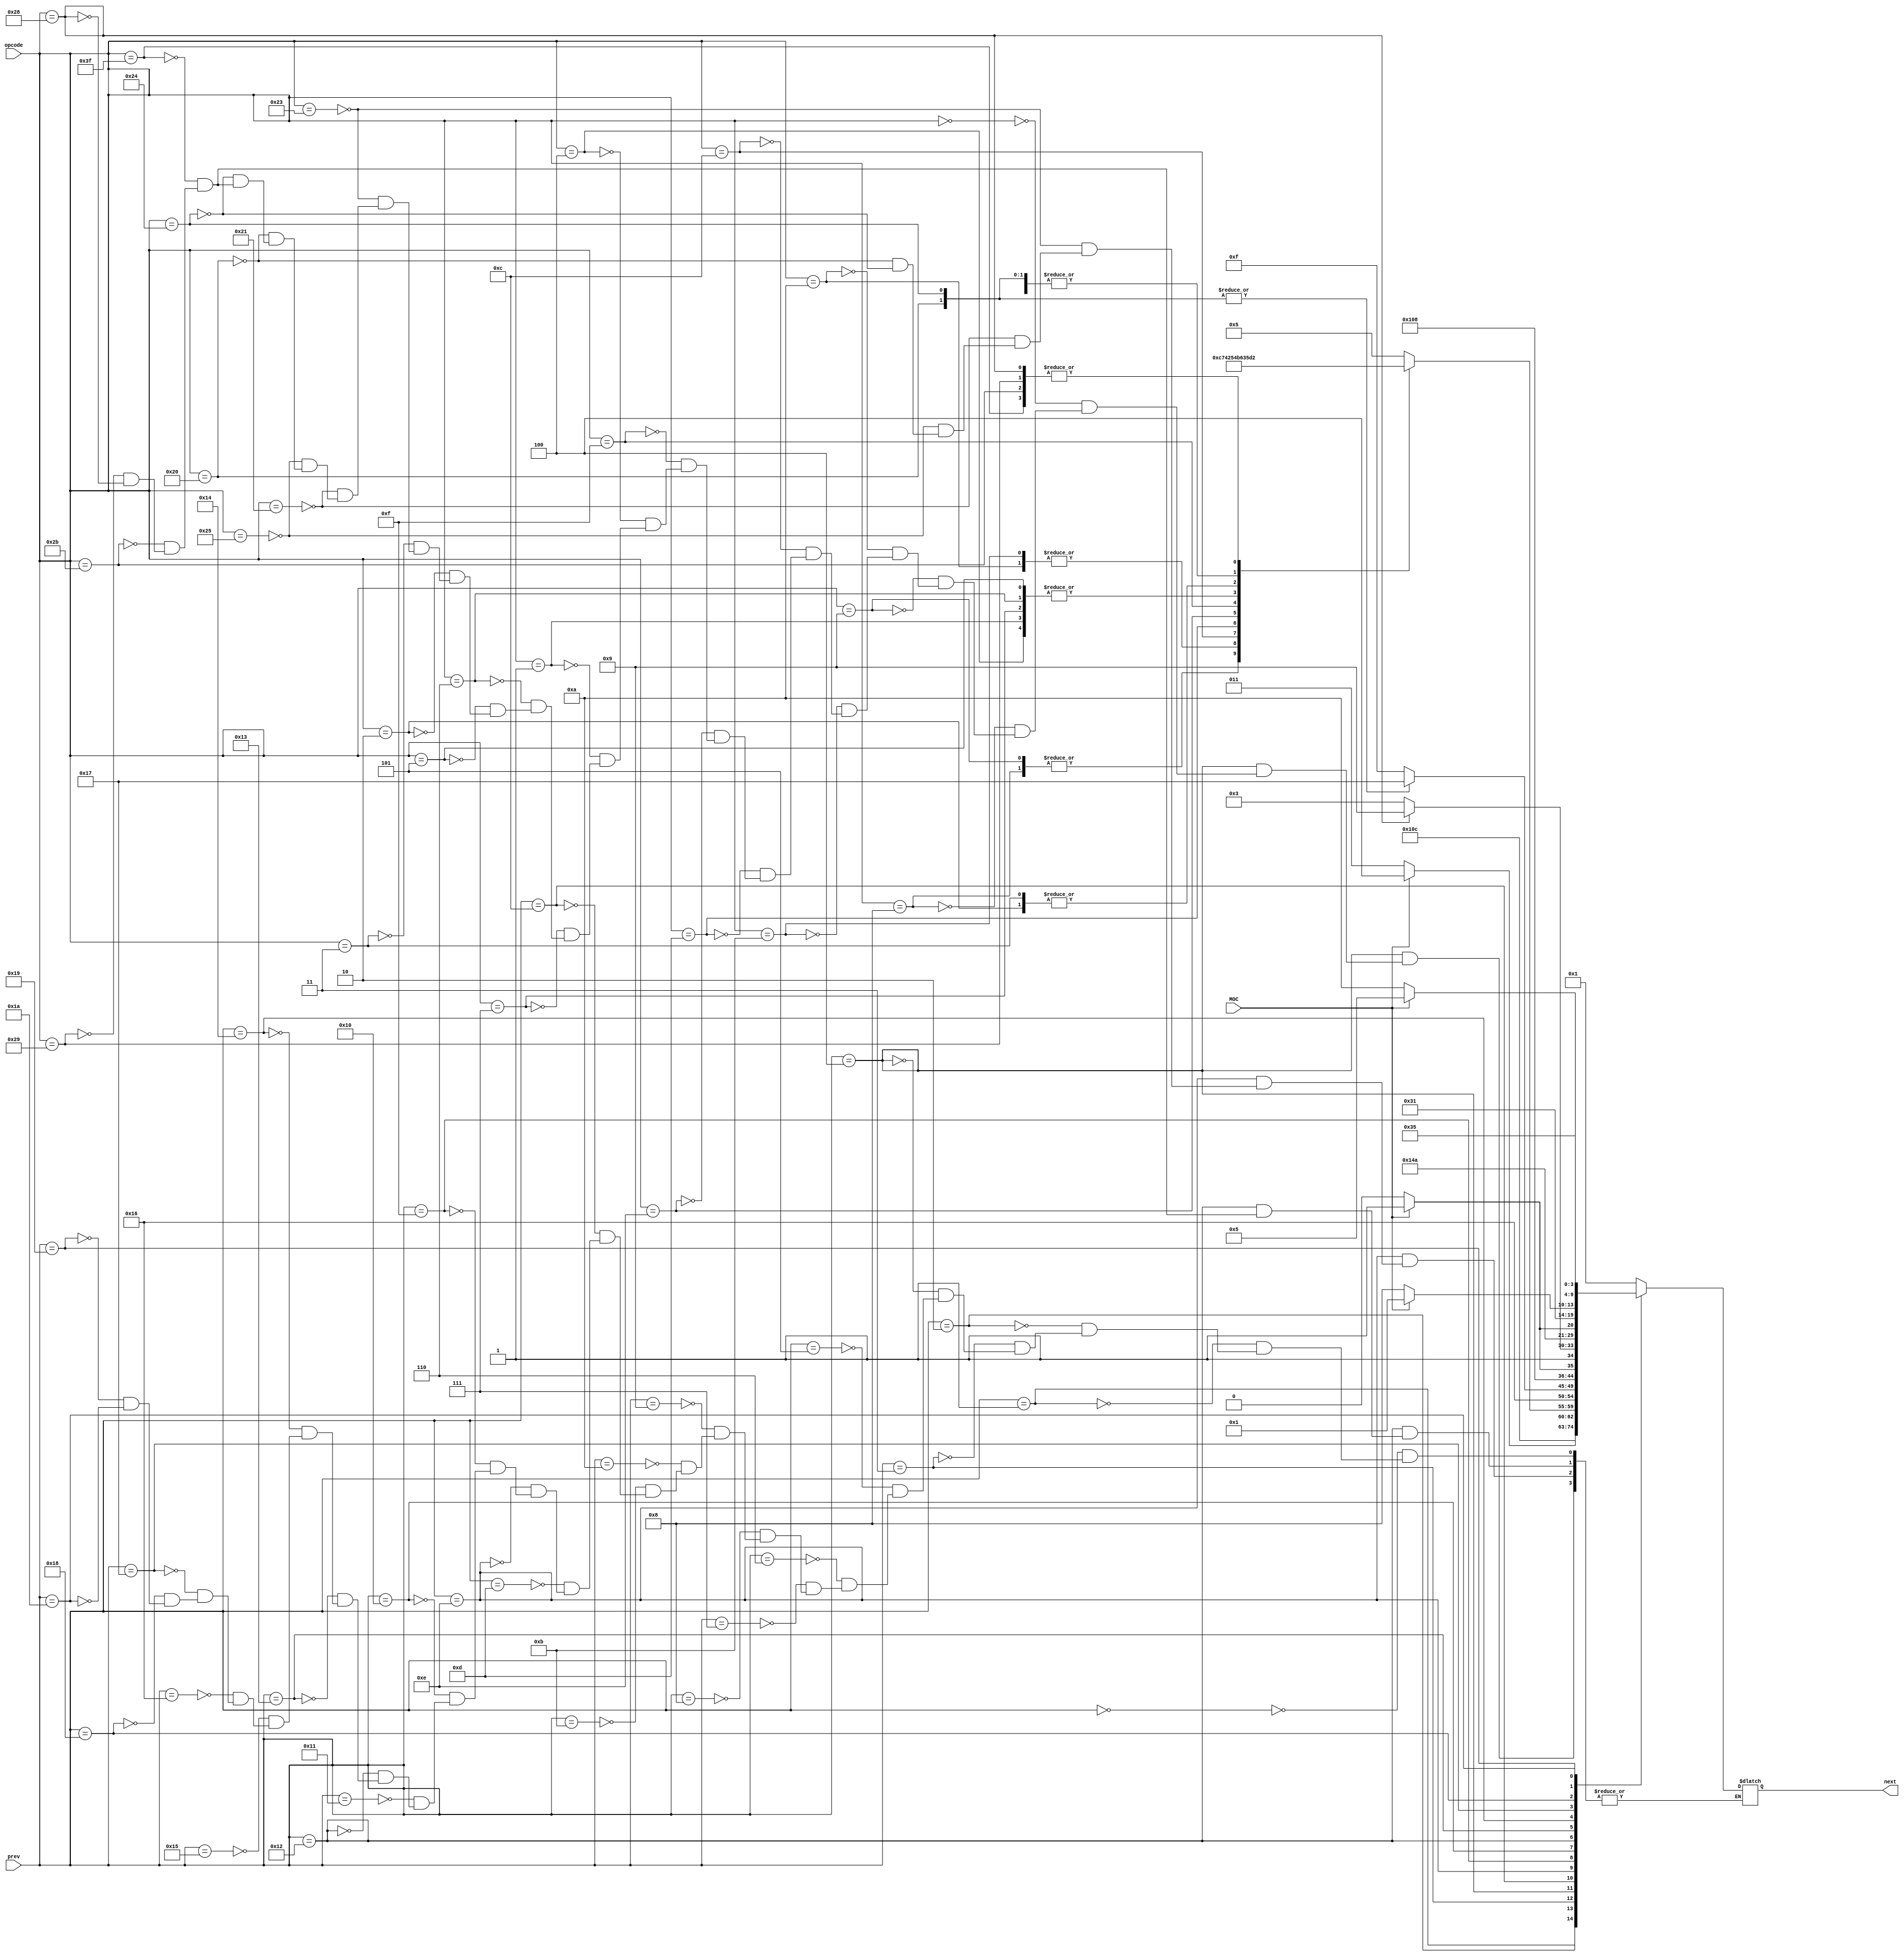
module NextStateDecoder(output reg [4:0] next, input [4:0] prev, input [5:0] opcode, input MOC);
	always@(prev, opcode)
	case(prev)
		5'b00000: //State 0
		next = 5'b00001;
		5'b00001: //State 1
		next = 5'b00010;
		5'b00010: //State 2
		next = 5'b00011;
		5'b00011: //State 3
		if(MOC)
			next = 5'b00100;
		else
			next = 5'b00011;
		5'b00100: //State 4
		case(opcode)
			6'b000000: //Go to State 5
			next = 5'b00101;
			6'b001000: //Go to State 6
			next = 5'b00110;
			6'b001001: //Go to State 6
			next = 5'b00110;
			6'b001010: //Go to State 7
			next = 5'b00111;
			6'b001011: //Go to State 7
			next = 5'b00111;
			6'b001100: //Go to State 8
			next = 5'b01000;
			6'b001101: //Go to State 9
			next = 5'b01001;
			6'b001110: //Go to State 10
			next = 5'b01010;
			6'b001111: //Go to State 11
			next = 5'b01011;
			6'b000100: //Go to State 12
			next = 5'b01100;
			6'b000001: //Go to State 12
			next = 5'b01100;
			6'b000111: //Go to State 12
			next = 5'b01100;
			6'b000110: //Go to State 12
			next = 5'b01100;
			6'b000101: //Go to State 12
			next = 5'b01100;
			6'b000010: //Go to State 13
			next = 5'b01101;
			6'b000011: //Go to State 13
			next = 5'b01101;
			6'b100011: //Go to State 14 (LW)
			next = 5'b01110;
			6'b100001: //Go to State 14 (LH?)
			next = 5'b01110;
			6'b100101: //Go to State 14 (LHU?)
			next = 5'b01110;
			6'b100000: //Go to State 14 (LB)
			next = 5'b01110;
			6'b100100: //Go to State 14 (LBU)
			next = 5'b01110;
			6'b111111: //Go to State 18 (SD?)
			next = 5'b10010;
			6'b101011: //Go to State 18 (SW)
			next = 5'b10010;
			6'b101001: //Go to State 18 (SH?)
			next = 5'b10010;
			6'b101000: //Go to State 18 (SB)
			next = 5'b10010;
		endcase
		5'b00101: //State 5
		next = 5'b00001;
		5'b00110: //State 6
		next = 5'b00001;
		5'b00111: //State 7
		next = 5'b00001;
		5'b01000: //State 8
		next = 5'b00001;
		5'b01001: //State 9
		next = 5'b00001;
		5'b01010: //State 10
		next = 5'b00001;
		5'b01011: //State 11
		next = 5'b00001;
		5'b01100: //State 12
		next = 5'b10110;
		5'b01101: //State 13
		next = 5'b00001;
		5'b01110: //State 14
		case(opcode)
			6'b100011: //Go to State 15 (LW)
			next = 5'b01111;
			6'b100001: //Go to State 15 (LH?)
			next = 5'b01111;
			6'b100101: //Go to State 15 (LHU?)
			next = 5'b01111;
			6'b100000: //Go to State 23 (LB)
			next = 5'b10111;
			6'b100100: //Go to State 23 (LBU)
			next = 5'b10111;
		endcase
		5'b01111: //State 15 (Load Word)
		next = 5'b10000;
		5'b10000: //State 16 (Load Word)
		if(MOC)
			next = 5'b10001; //If MOC, go to State 17
		else
			next = 5'b10000; //Else, continue waiting for MOC
		5'b10001: //State 17
			next = 5'b00001;
		5'b10010: //State 18
		case(opcode)
			6'b111111: //Go to State 19 (SD?)
			next = 5'b10011;
			6'b101011: //Go to State 19 (SW)
			next = 5'b10011;
			6'b101001: //Go to State 19 (SH?)
			next = 5'b10011;
			6'b101000: //Go to State 25 (SB)
			next = 5'b11001;
		endcase
		5'b10011: //State 19 (Store Word)
			next = 5'b10100;
		5'b10100: //State 20 (Store Word)
		if(MOC)
			next = 5'b10101; //If MOC, go to State 21
		else
			next = 5'b10100; //Else, continue waiting for MOC
		5'b10101: //State 21
			next = 5'b00001;
		5'b10110: //State 22
		next = 5'b00001;
		5'b10111: //State 23 (Load Byte)
		next = 5'b11000;
		5'b11000: //State 24 (Load Byte)
		if(MOC)
			next = 5'b10001; //If MOC, go to State 17
		else
			next = 5'b11000;
		5'b11001: //State 25 (Store Byte)
		next = 5'b11010;
		5'b11010: //State 26 (Store Byte)
		if(MOC)
			next = 5'b10101; //If MOC, go to State 21
		else
			next = 5'b11010;
	endcase
endmodule